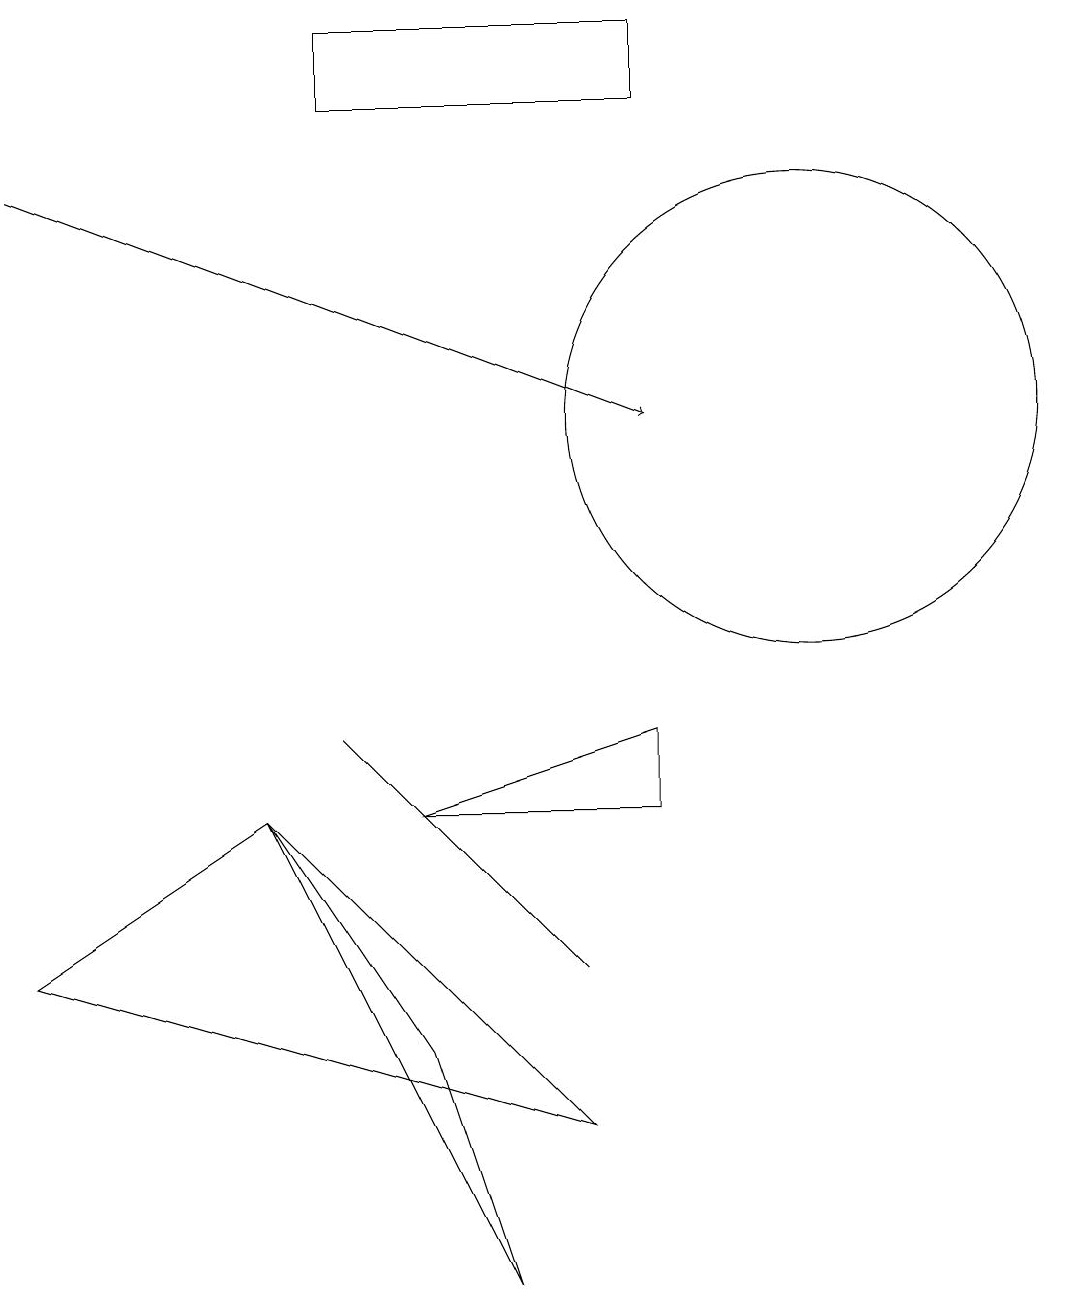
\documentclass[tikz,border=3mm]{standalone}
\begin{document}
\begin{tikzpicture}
\draw (10,12) circle (3);
\draw (6,6) -- (7,5) -- (4,8) -- cycle;
\draw (4,16) rectangle (8,17);
\draw (5,4) -- (6,1) -- (3,7) -- cycle;
\draw (5,7) -- (8,8) -- (8,7) -- cycle;
\draw (0,5) -- (3,7) -- (7,3) -- cycle;
\draw[->] (0,15) -- (8,12);
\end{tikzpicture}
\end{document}